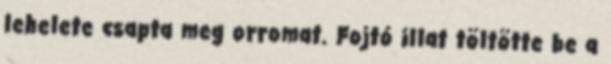
lehelete csapta meg orromat. Fojtó illat töltötte be a